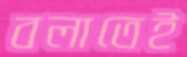
বলাতেই